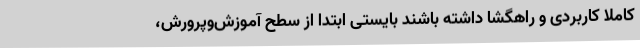
کاملاً کاربردی و راهگشا داشته باشند بایستی ابتدا از سطح آموزش‌وپرورش،